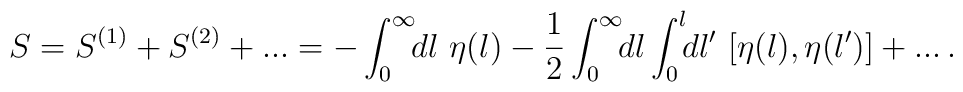
S=S^{(1)}+S^{(2)}+... = -    \int_0^{\infty}\!\!dl\ \eta(l) -    \frac{1}{2}\int_0^{\infty}\!\!dl   \int_0^{l}\!\!dl'\ [\eta(l),\eta(l')]+...\,.